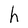
Character: h